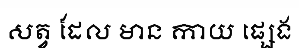
សត្វ ដែល មាន កាយ ផ្សេង